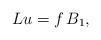
LaTeX: \begin{align*}L u=f \,B_1,\end{align*}